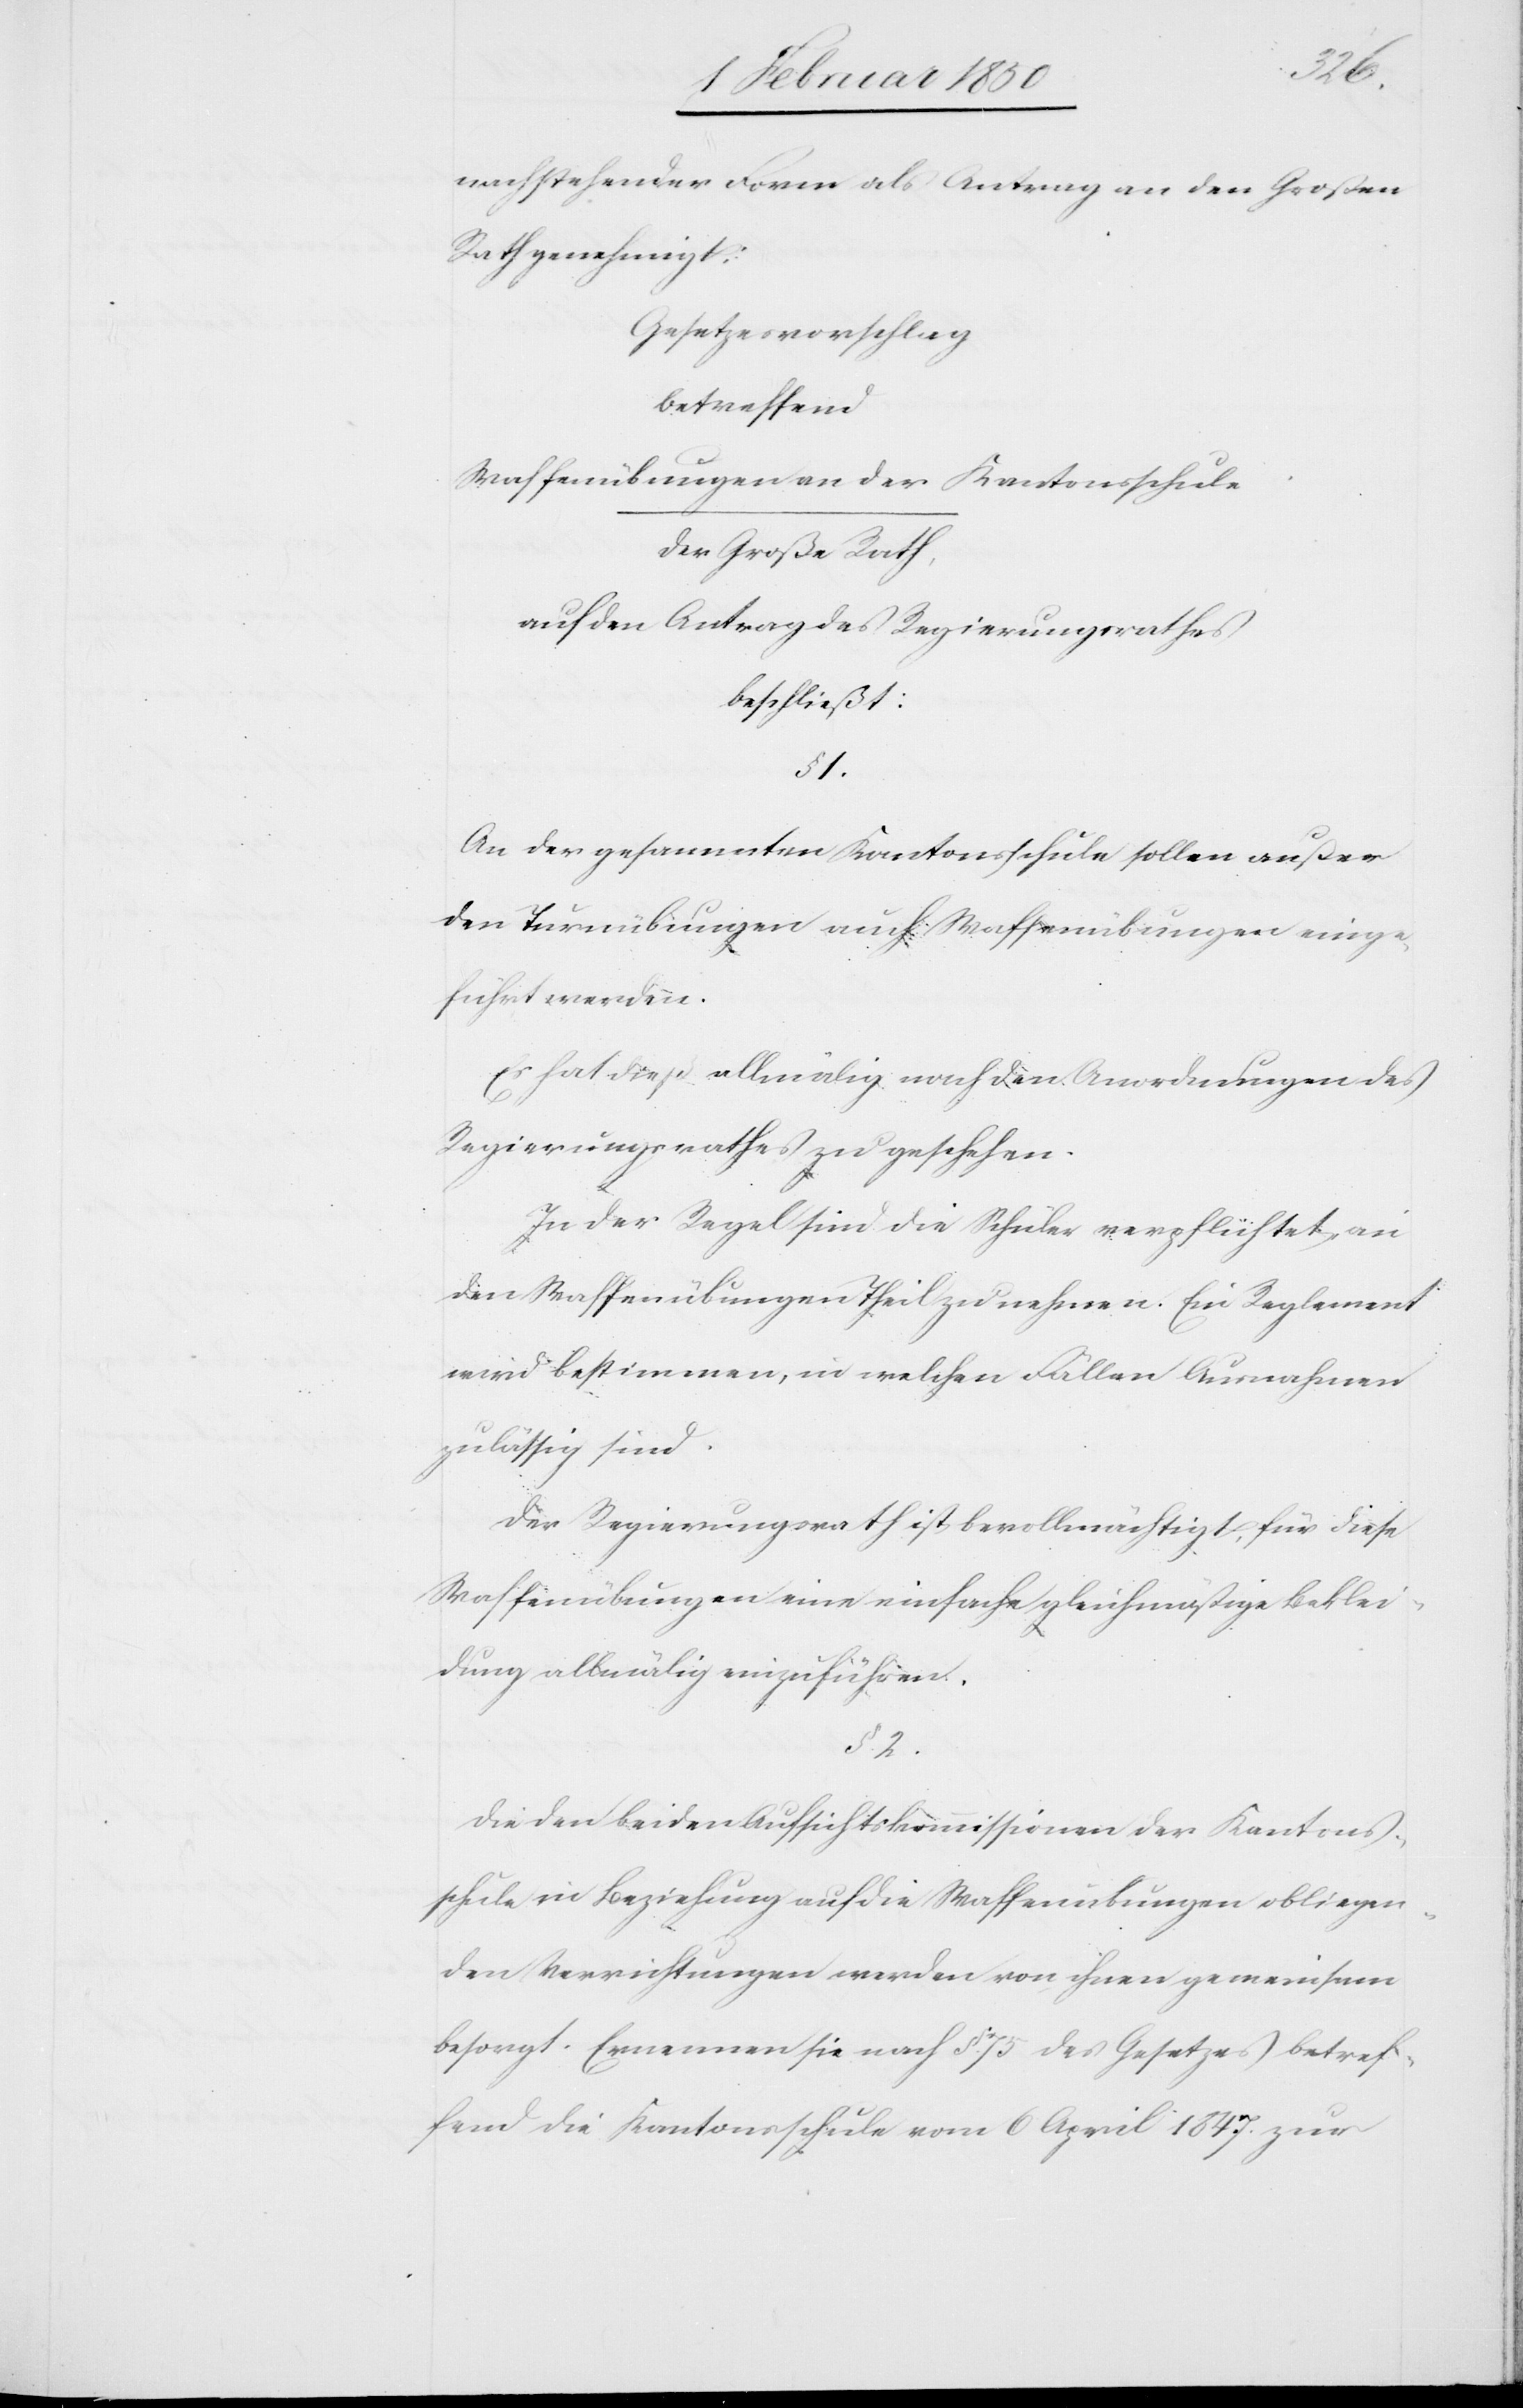
nachstehender Form als Antrag an den Großen
Rath genehmigt:
Gesetzesvorschlag
betreffend
Waffenübungen an der Kantonsschule
Der Großer Rath,
auf den Antrag des Regierungsrathes
beschließt:
§. 1.
An der gesammten Kantonsschule sollen außer
den Turnübungen auch Waffenübungen einge¬
führt werden.
Es hat dies allmälig nach den Anordnungen des
Regierungsrathes zu geschehen.
In der Regel sind die Schüler verpflichtet, an
den Waffenübungen Theil zu nehmen. Ein Reglement
wird bestimmen, in welchen Fällen Ausnahmen
zulässig sind.
Der Regierungsrath ist bevollmächtigt, für diese
Waffenübungen eine einfache gleichmäßige Beklei¬
dung allmälig einzuführen.
§. 2.
Die den beiden Aufsichtskommissionen der Kantons¬
schule in Beziehung auf die Waffenübungen obliegen¬
den Verrichtungen werden von ihnen gemeinsam
besorgt. Ernennen sie nach §. 75. des Gesetzes betref¬
fend die Kantonsschule vom 6 April 1847. zur